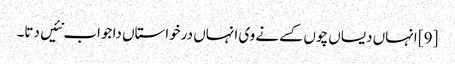
[9] انہاں دیساں چوں کسے نے وی انہاں درخواستاں دا جواب نئیں دتا۔